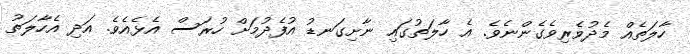
ހާލަތެއް މެދުވެރިވެގެންނެވެ. އެ ހާލަތުގައި ނާށިގަނޑު އުފެދުމަށް ހުރަސް އެޅެއެވެ. އަދި އެހާލަތު